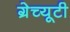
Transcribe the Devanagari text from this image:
ग्रेच्यूटी